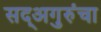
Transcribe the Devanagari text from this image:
सद्‍अगुरुंचा